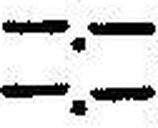
—.—